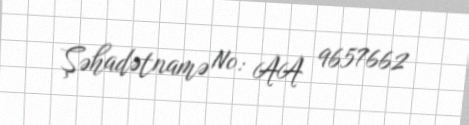
Şəhadətnamə №: AA 9657662